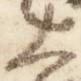
大